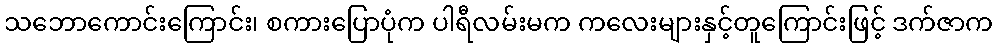
သဘောကောင်းကြောင်း၊ စကားပြောပုံက ပါရီလမ်းမက ကလေးများနှင့်တူကြောင်းဖြင့် ဒက်ဇာက